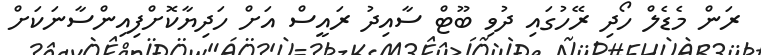
ރަން މެޑެލް ހޯދި ރޭހުގައި ދުވި ބޫޓް ސާއިދު ރައީސް އަށް ހަދިޔާކޮށްފިއިންސާނަކަށް